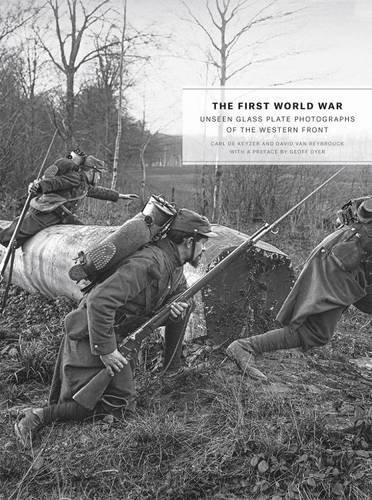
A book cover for The First World War: Unseen Glass Plate Photographs of the Western Front; Arts & Photography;